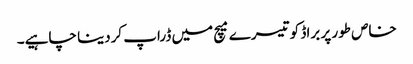
خاص طور پر براڈ کو تیسرے میچ میں ڈراپ کردینا چاہیے۔